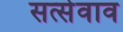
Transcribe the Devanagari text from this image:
सत्सेवाव